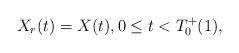
LaTeX: \begin{align*} X_r(t) = X(t), 0 \leq t < T_0^+(1),\end{align*}